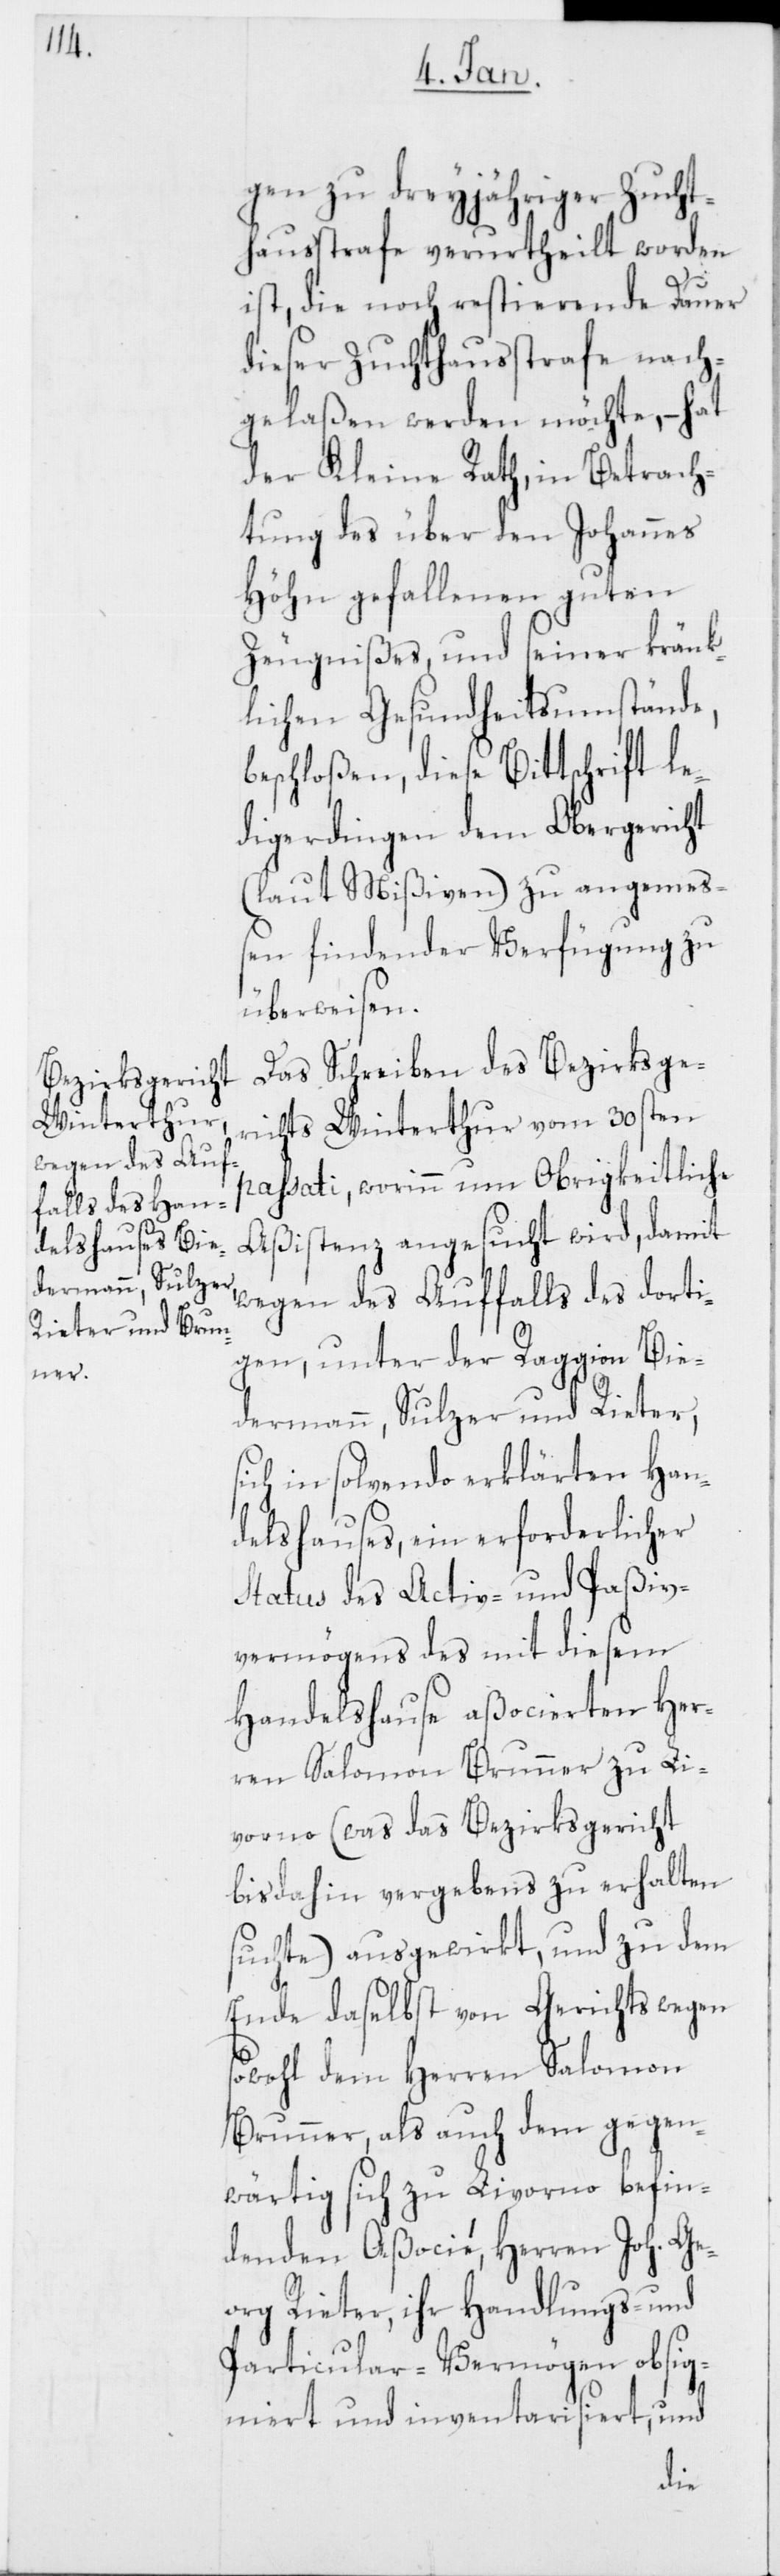
gen zu dreyjähriger Zucht¬
hausstrafe verurtheilt worden
ist, die noch restierende Dauer
dieser Zuchthausstrafe nach¬
gelaßen werden möchte, – hat
der Kleine Rath, in Betrach¬
tung des über den Johannes
Höhn gefallenen guten
Zeugnißes, und seiner kränk¬
lichen Gesundheitsumstände,
beschloßen, diese Bittschrift le¬
digerdingen dem Obergericht
(laut Mißiven) zu angemeß¬
en findender Verfügung zu
überweisen.
Das Schreiben des Bezirksge¬
richts Winterthur vom 30sten
passati, worinn um Obrigkeitliche
Aßistenz angesucht wird, damit
wegen des Auffalls des dorti¬
gen, unter der Raggion Bie¬
dermann, Sulzer und Rieter,
sich insolvendo erklärten Han¬
delshauses, ein erforderlicher
Status des Activ- und Paßiv¬
vermögens des mit diesem
Handelshause aßocierten Her¬
ren Salomon Brunner zu Li¬
vorno (was das Bezirksgericht
bisdahin vergebens zu erhalten
suchte) ausgewirkt, und zu dem
Ende daselbst von Gerichts wegen
sowohl dem Herren Salomon
Brunner, als auch dem gegen¬
wärtig sich zu Livorno befin¬
denden Aßocié, Herren Joh. Ge¬
org Rieter, ihr Handlungs- und
Particular-Vermögen obsig¬
niert und inventarisiert, und